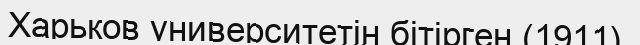
Харьков университетін бітірген (1911).